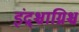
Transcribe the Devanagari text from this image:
इंद्र्श्चाग्निश्च